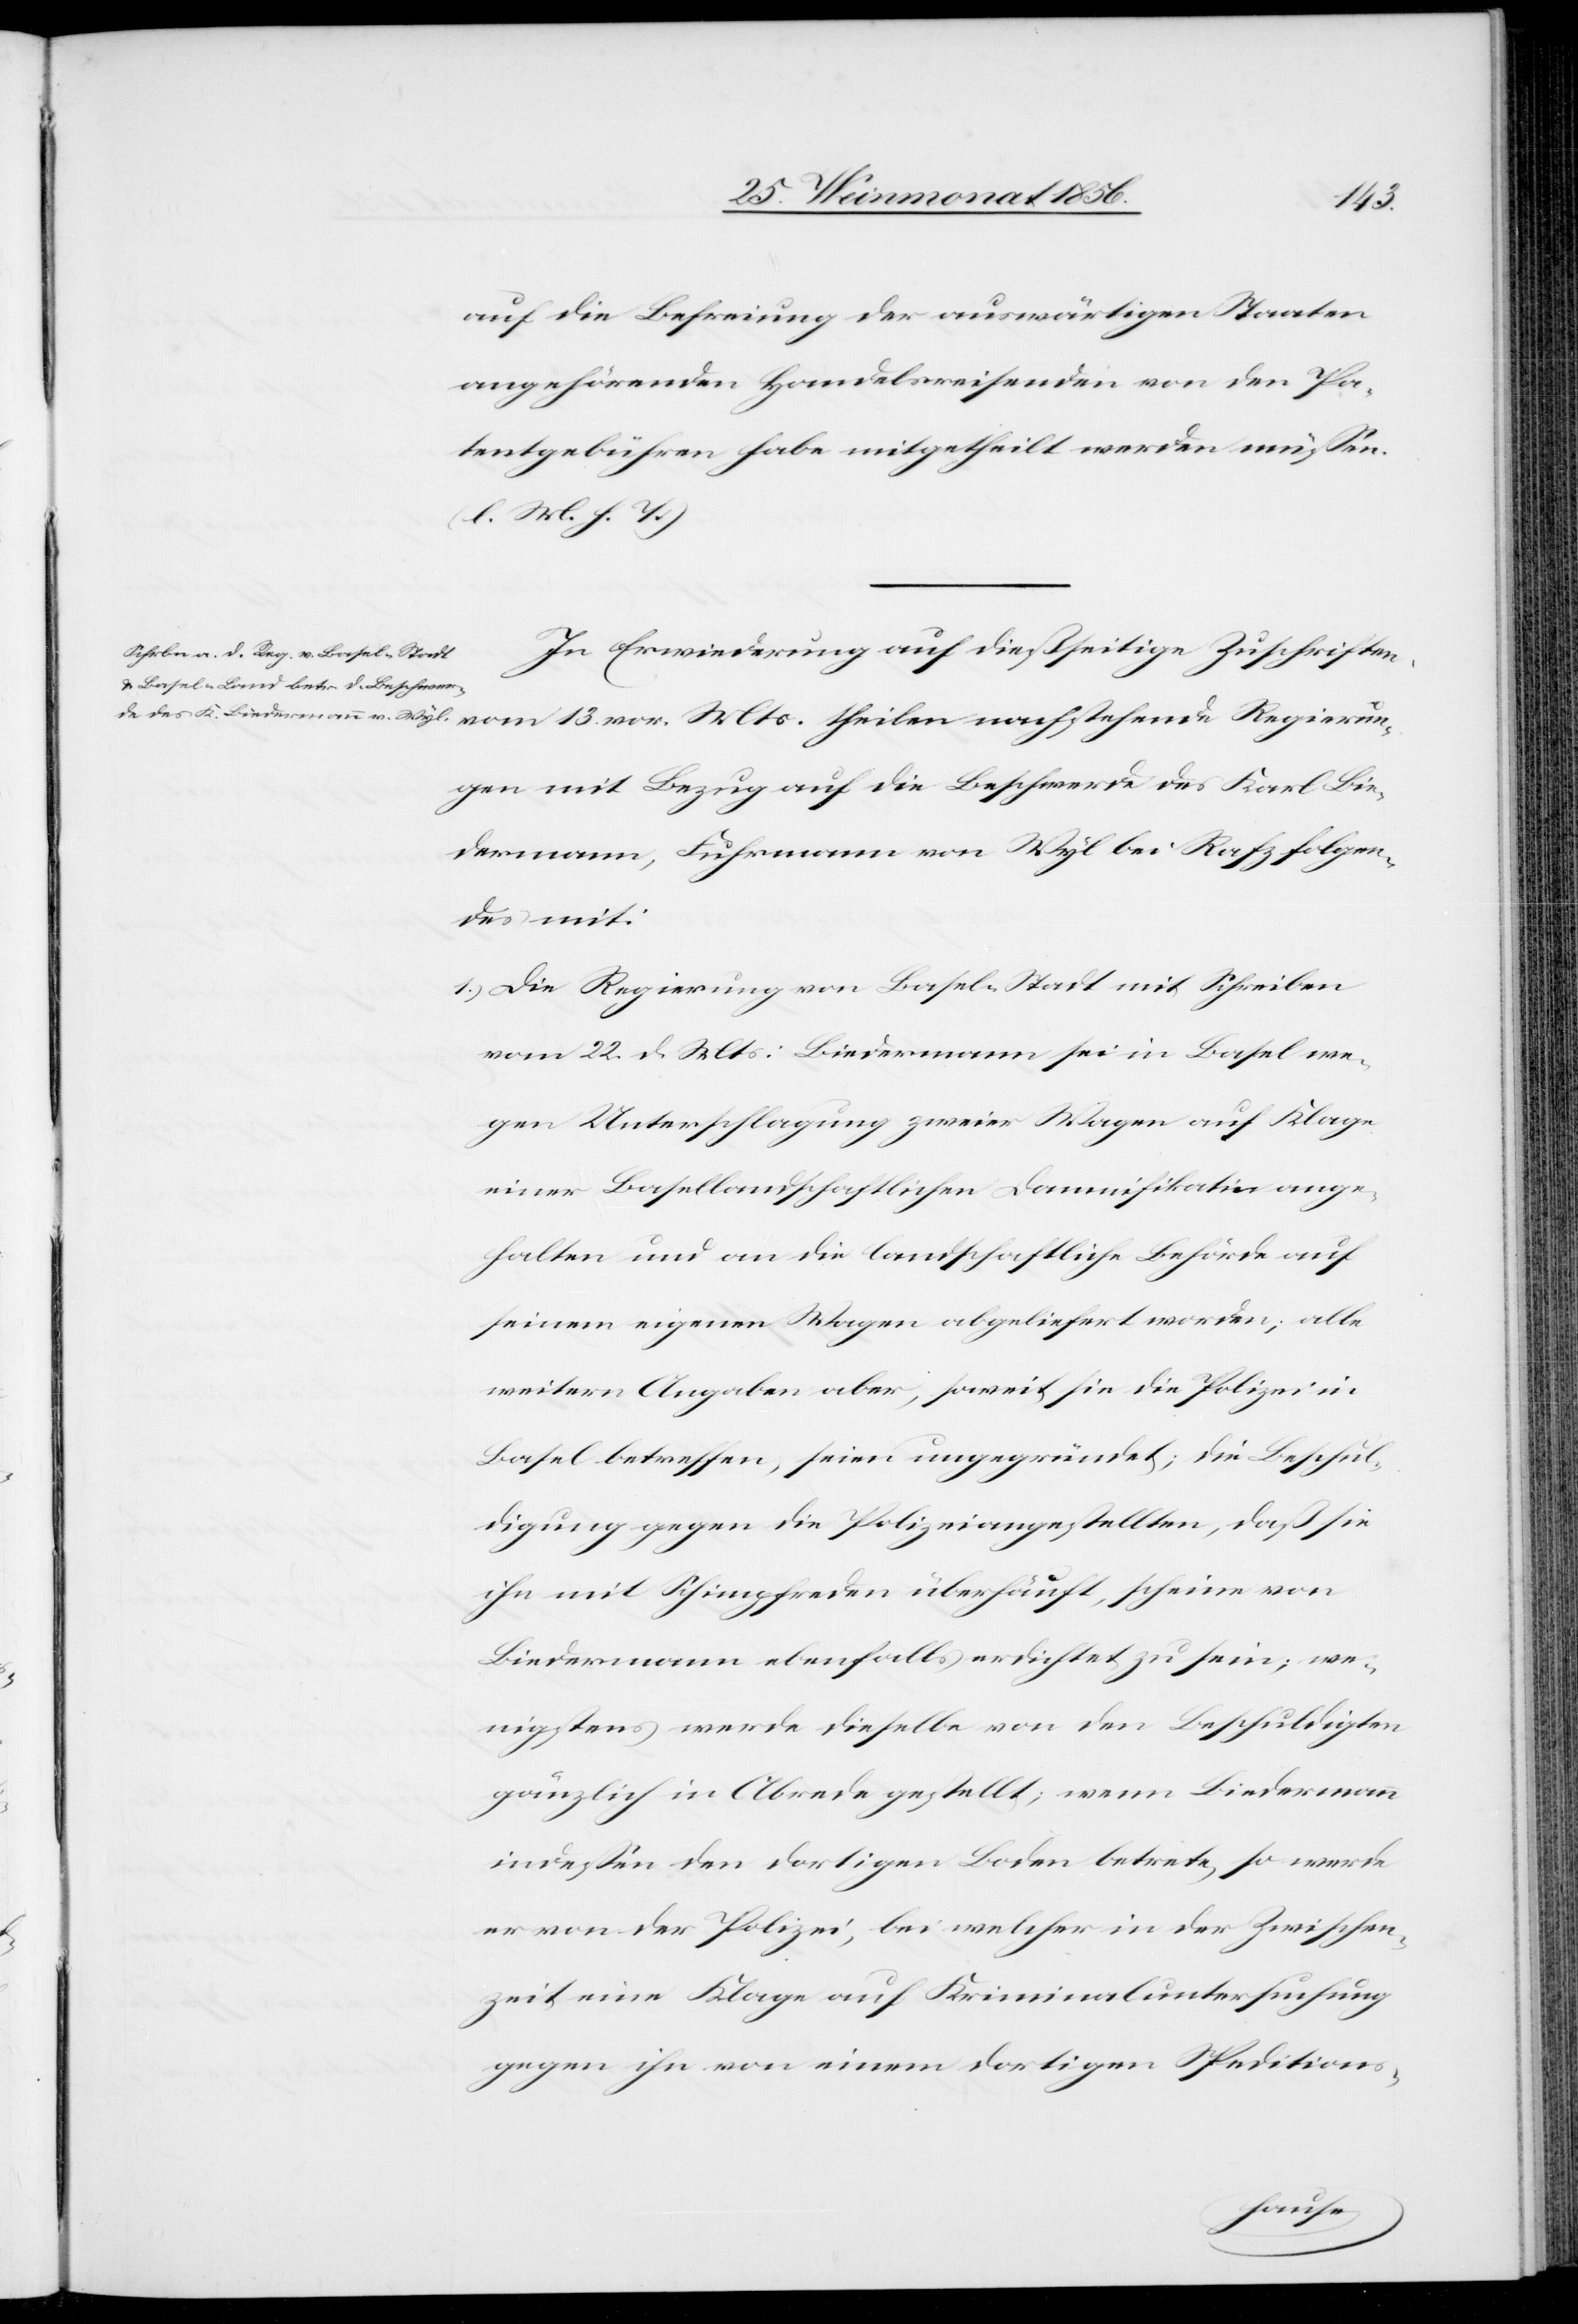
13.
auf die Befreiung der auswärtigen Staaten
angehörenden Handelsreisenden von den Pa¬
tentgebühren habe mitgetheilt werden müssen.
(l. M. h. T.)
In Erwiederung auf dießseitige Zuschriften
ungen mit Bezug auf die Beschwerde des Karl Bie¬
dermann, Fuhrmann von Wyl bei Rafz folgen¬
des mit:
1.) Die Regierung von Basel-Stadt mit Schreiben
vom 22. d. Mts: Biedermann sei in Basel we¬
gen Unterschlagung zweier Wagen auf Klage
einer Basellandschaftlichen Damnifikatin ange¬
halten und an die landschaftliche Behörde auf
seinem eigenen Wagen abgeliefert worden; alle
weitern Angaben aber, soweit sie die Polizei in
Basel betreffen, seien ungegründet; die Beschul¬
digung gegen die Polizeiangestellten, daß sie
ihn mit Schimpfreden überhäuft, scheine von
Biedermann ebenfalls erdichtet zu sein; we¬
nigstens werde dieselbe von den Beschuldigten
gänzlich in Abrede gestellt; wenn Biedermann
indessen den dortigen Boden betrete, so werde
er von der Polizei, bei welcher in der Zwischen¬
zeit eine Klage auf Kriminaluntersuchung
gegen ihn von einem dortigen Speditions-
Regier¬